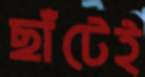
ছাঁটেই